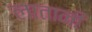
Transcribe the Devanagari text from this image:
लातानी